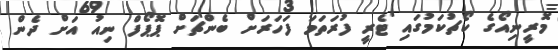
މޮރީނިއޯގެ ކޯޗުކަމުގައި ޓެރީ ފުރަތަމަ ފަހަރަށް ބެންޗަށް ޕޮޕޯފް ނިއު އަށް ދެން